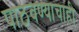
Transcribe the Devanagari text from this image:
पाठवण्याचाही